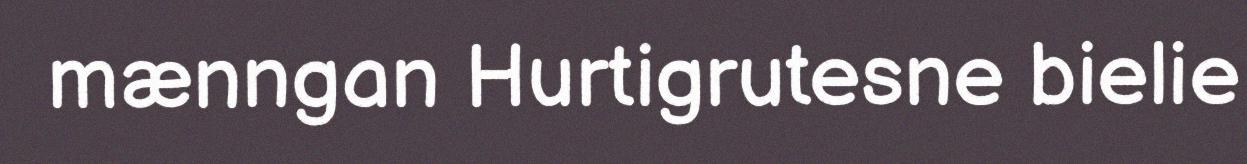
mænngan Hurtigrutesne bielie